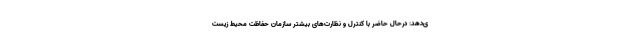
ی‌دهد: درحال حاضر با کنترل و نظارت‌های بیشتر سازمان حفاظت محیط زیست